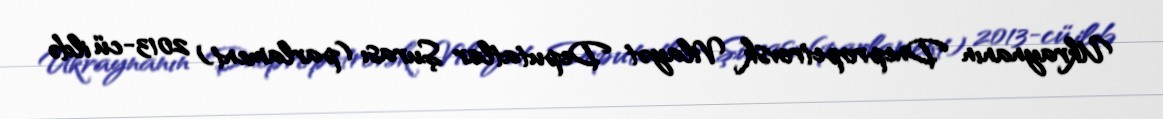
Ukraynanın Dnepropetrovsk Vilayət Deputatlar Şurası (parlament) 2013-cü ildə